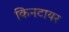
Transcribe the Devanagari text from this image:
किनटायर